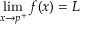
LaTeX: \operatorname* { l i m } _ { x \to p ^ { + } } f ( x ) = L